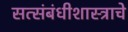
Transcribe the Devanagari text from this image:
सत्संबंधीशास्त्राचे